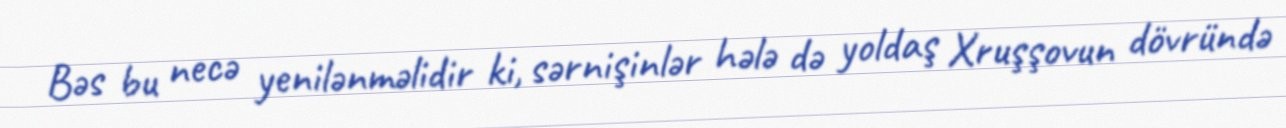
Bəs bu necə yenilənməlidir ki, sərnişinlər hələ də yoldaş Xruşşovun dövründə